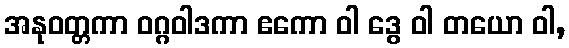
အနုဝတ္တကာ ဝဂ္ဂဝါဒကာ ဧကော ဝါ ဒွေ ဝါ တယော ဝါ,